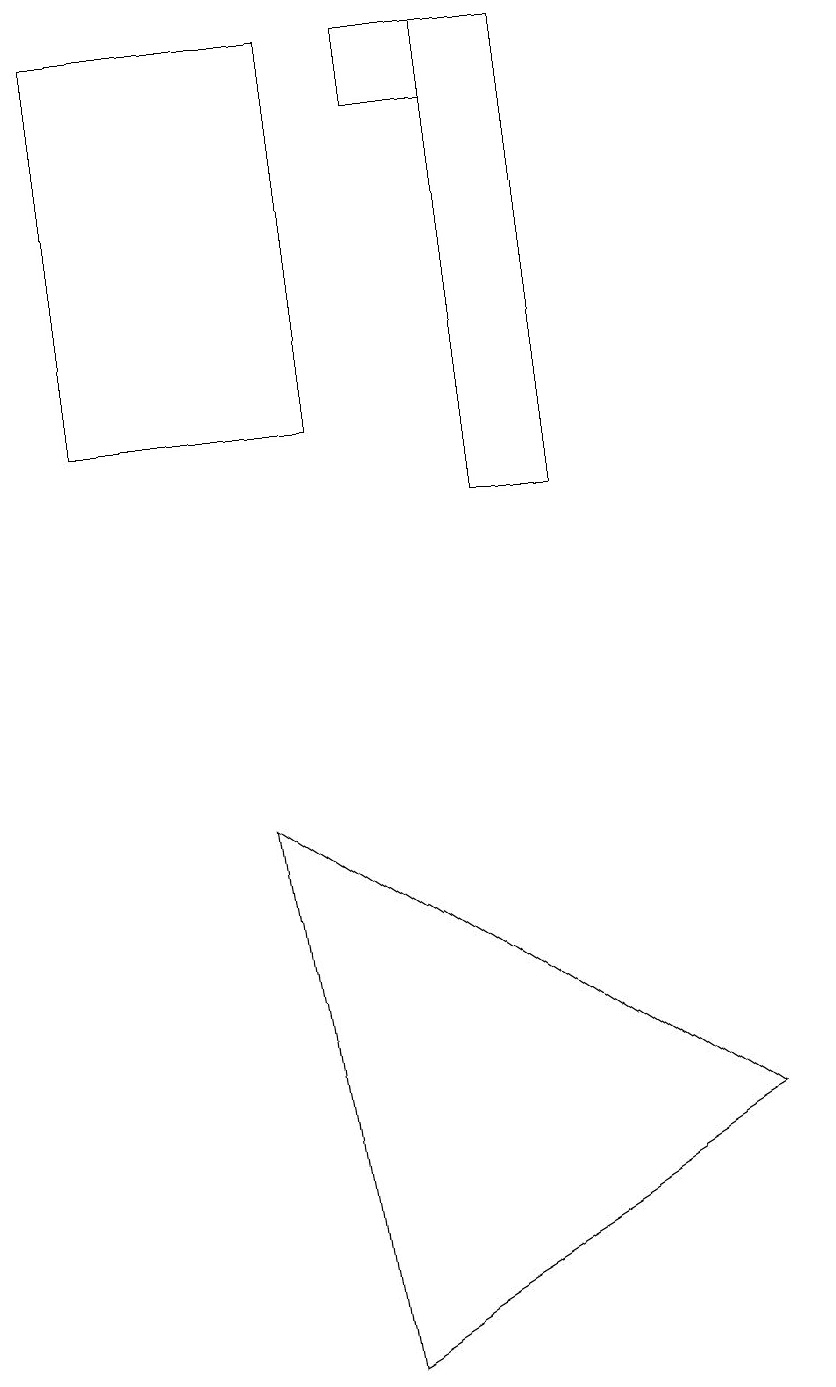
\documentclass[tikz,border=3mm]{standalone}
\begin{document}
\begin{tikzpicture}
\draw (6,18) rectangle (5,19);
\draw[->] (0,14) -- (0,17);
\draw (1,19) rectangle (4,14);
\draw (9,5) -- (4,2) -- (3,9) -- cycle;
\draw (10,12) circle (0);
\draw (7,19) rectangle (6,13);
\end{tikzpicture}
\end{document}